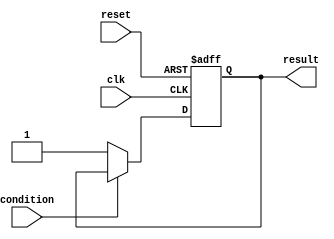
module Loop (
    input wire clk,
    input wire reset,
    input wire condition,
    output reg result
);

always @ (posedge clk or posedge reset) begin
    if (reset) begin
        result <= 0;
    end else begin
        if (condition) begin
            // Execute set of statements
            // Here you can include any specific statements to be executed in the loop
            // For example, you can increment a counter or perform certain calculations
        end else begin
            result <= 1; // Terminate the loop
        end
    end
end

endmodule